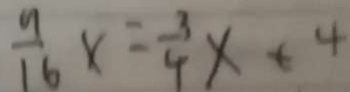
\frac { 9 } { 1 6 } x = \frac { 3 } { 4 } x + 4